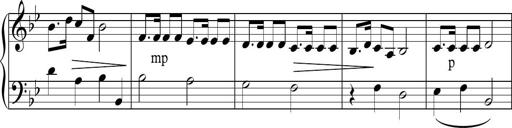
Title: Sonatina n.2
Composer: Tatiana Stankovych
Key: B-flat major